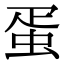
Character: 蛋